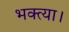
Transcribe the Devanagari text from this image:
भक्त्या।